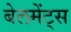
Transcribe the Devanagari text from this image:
बेलमेंट्स